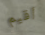
أقيم